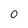
Character: o